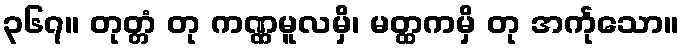
၃၆၇။ တုတ္တံ တု ကဏ္ဏမူလမှိ၊ မတ္ထကမှိ တု အင်္ကုသော။